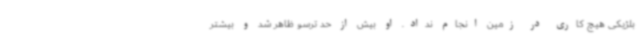
بلژیکی هیچ کاری در زمین انجام نداد. او بیش از حد ترسو ظاهر شد و بیشتر